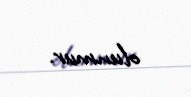
olunmur.